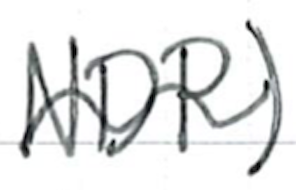
Text: NDP)
Cross-out: wave
Writing tool: ballpoint